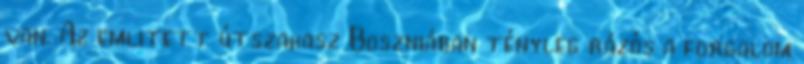
van. Az emlitett útszakasz Boszniában tényleg rázós a forgalom